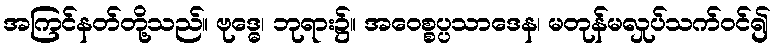
အကြင်နတ်တို့သည်။ ဗုဒ္ဓေ၊ ဘုရား၌။ အဝေစ္စပ္ပသာဒေန၊ မတုန်မလှုပ်သက်ဝင်၍